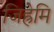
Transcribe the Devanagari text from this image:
जिह्रेमि